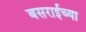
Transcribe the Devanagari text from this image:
बसराईच्या